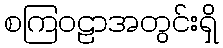
စကြဝဠာအတွင်းရှိ